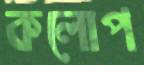
কলোপ